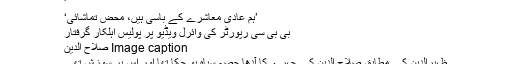
'
’ہم عادی معاشرے کے باسی ہیں، محض تماشائی‘
بی بی سی رپورٹر کی وائرل ویڈیو پر پولیس اہلکار گرفتار
Image caption صلاح الدین
ظہیرالدین کے مطابق صلاح الدین کے چہرے کا آدھا حصہ سیاہ ہو چکا تھا اور اس پر سوزش تھی۔